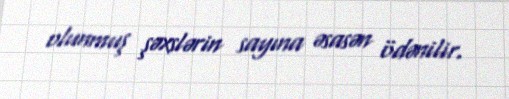
olunmuş şəxslərin sayına əsasən ödənilir.